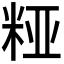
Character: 𮇔